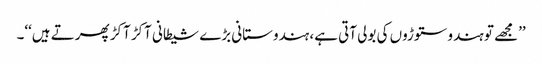
’’مجھے تو ہندو ستوڑوں کی بولی آتی ہے، ہندوستانی بڑے شیطانی آکڑ آکڑ پھرتے ہیں‘‘۔